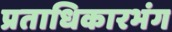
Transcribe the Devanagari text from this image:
प्रताधिकारभंग